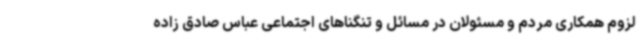
لزوم همکاری مردم و مسئولان در مسائل و تنگناهای اجتماعی عباس صادق زاده